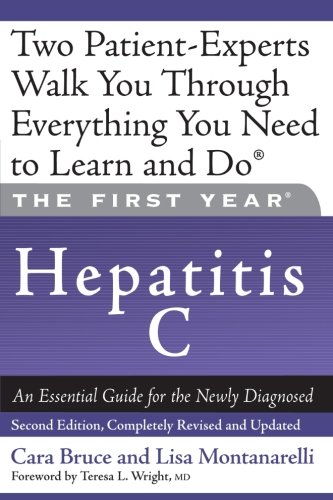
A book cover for The First Year: Hepatitis C: An Essential Guide for the Newly Diagnosed; Cara Bruce; Health, Fitness & Dieting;